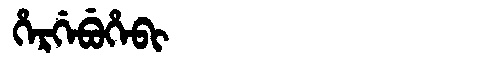
Manchu: ᡥᡝᡵᡤᡝᠪᡠᡥᡝᠪᡳ
Romanization: HERGEBUHEBI